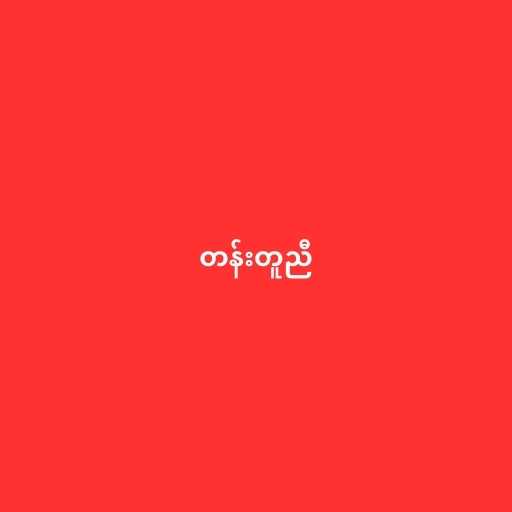
တန်းတူညီ